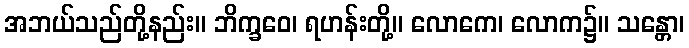
အဘယ်သည်တို့နည်း။ ဘိက္ခဝေ၊ ရဟန်းတို့။ လောကေ၊ လောက၌။ သန္တော၊